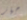
جهاز